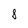
Character: 1